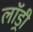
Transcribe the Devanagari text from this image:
लाॅड्री